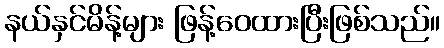
နယ်နှင်မိန့်များ ဖြန့်ဝေထားပြီးဖြစ်သည်။